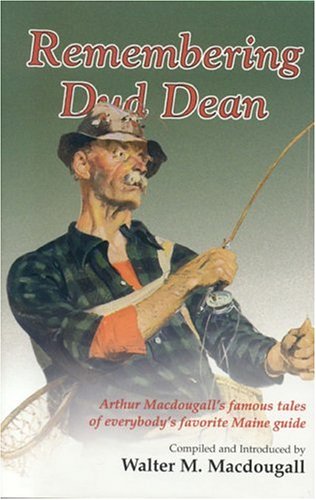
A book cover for Remembering Dud Dean; Walter Macdougall; Travel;